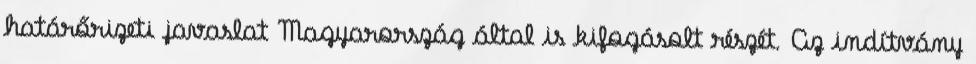
határőrizeti javaslat Magyarország által is kifogásolt részét. Az indítvány